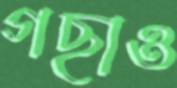
গছাও